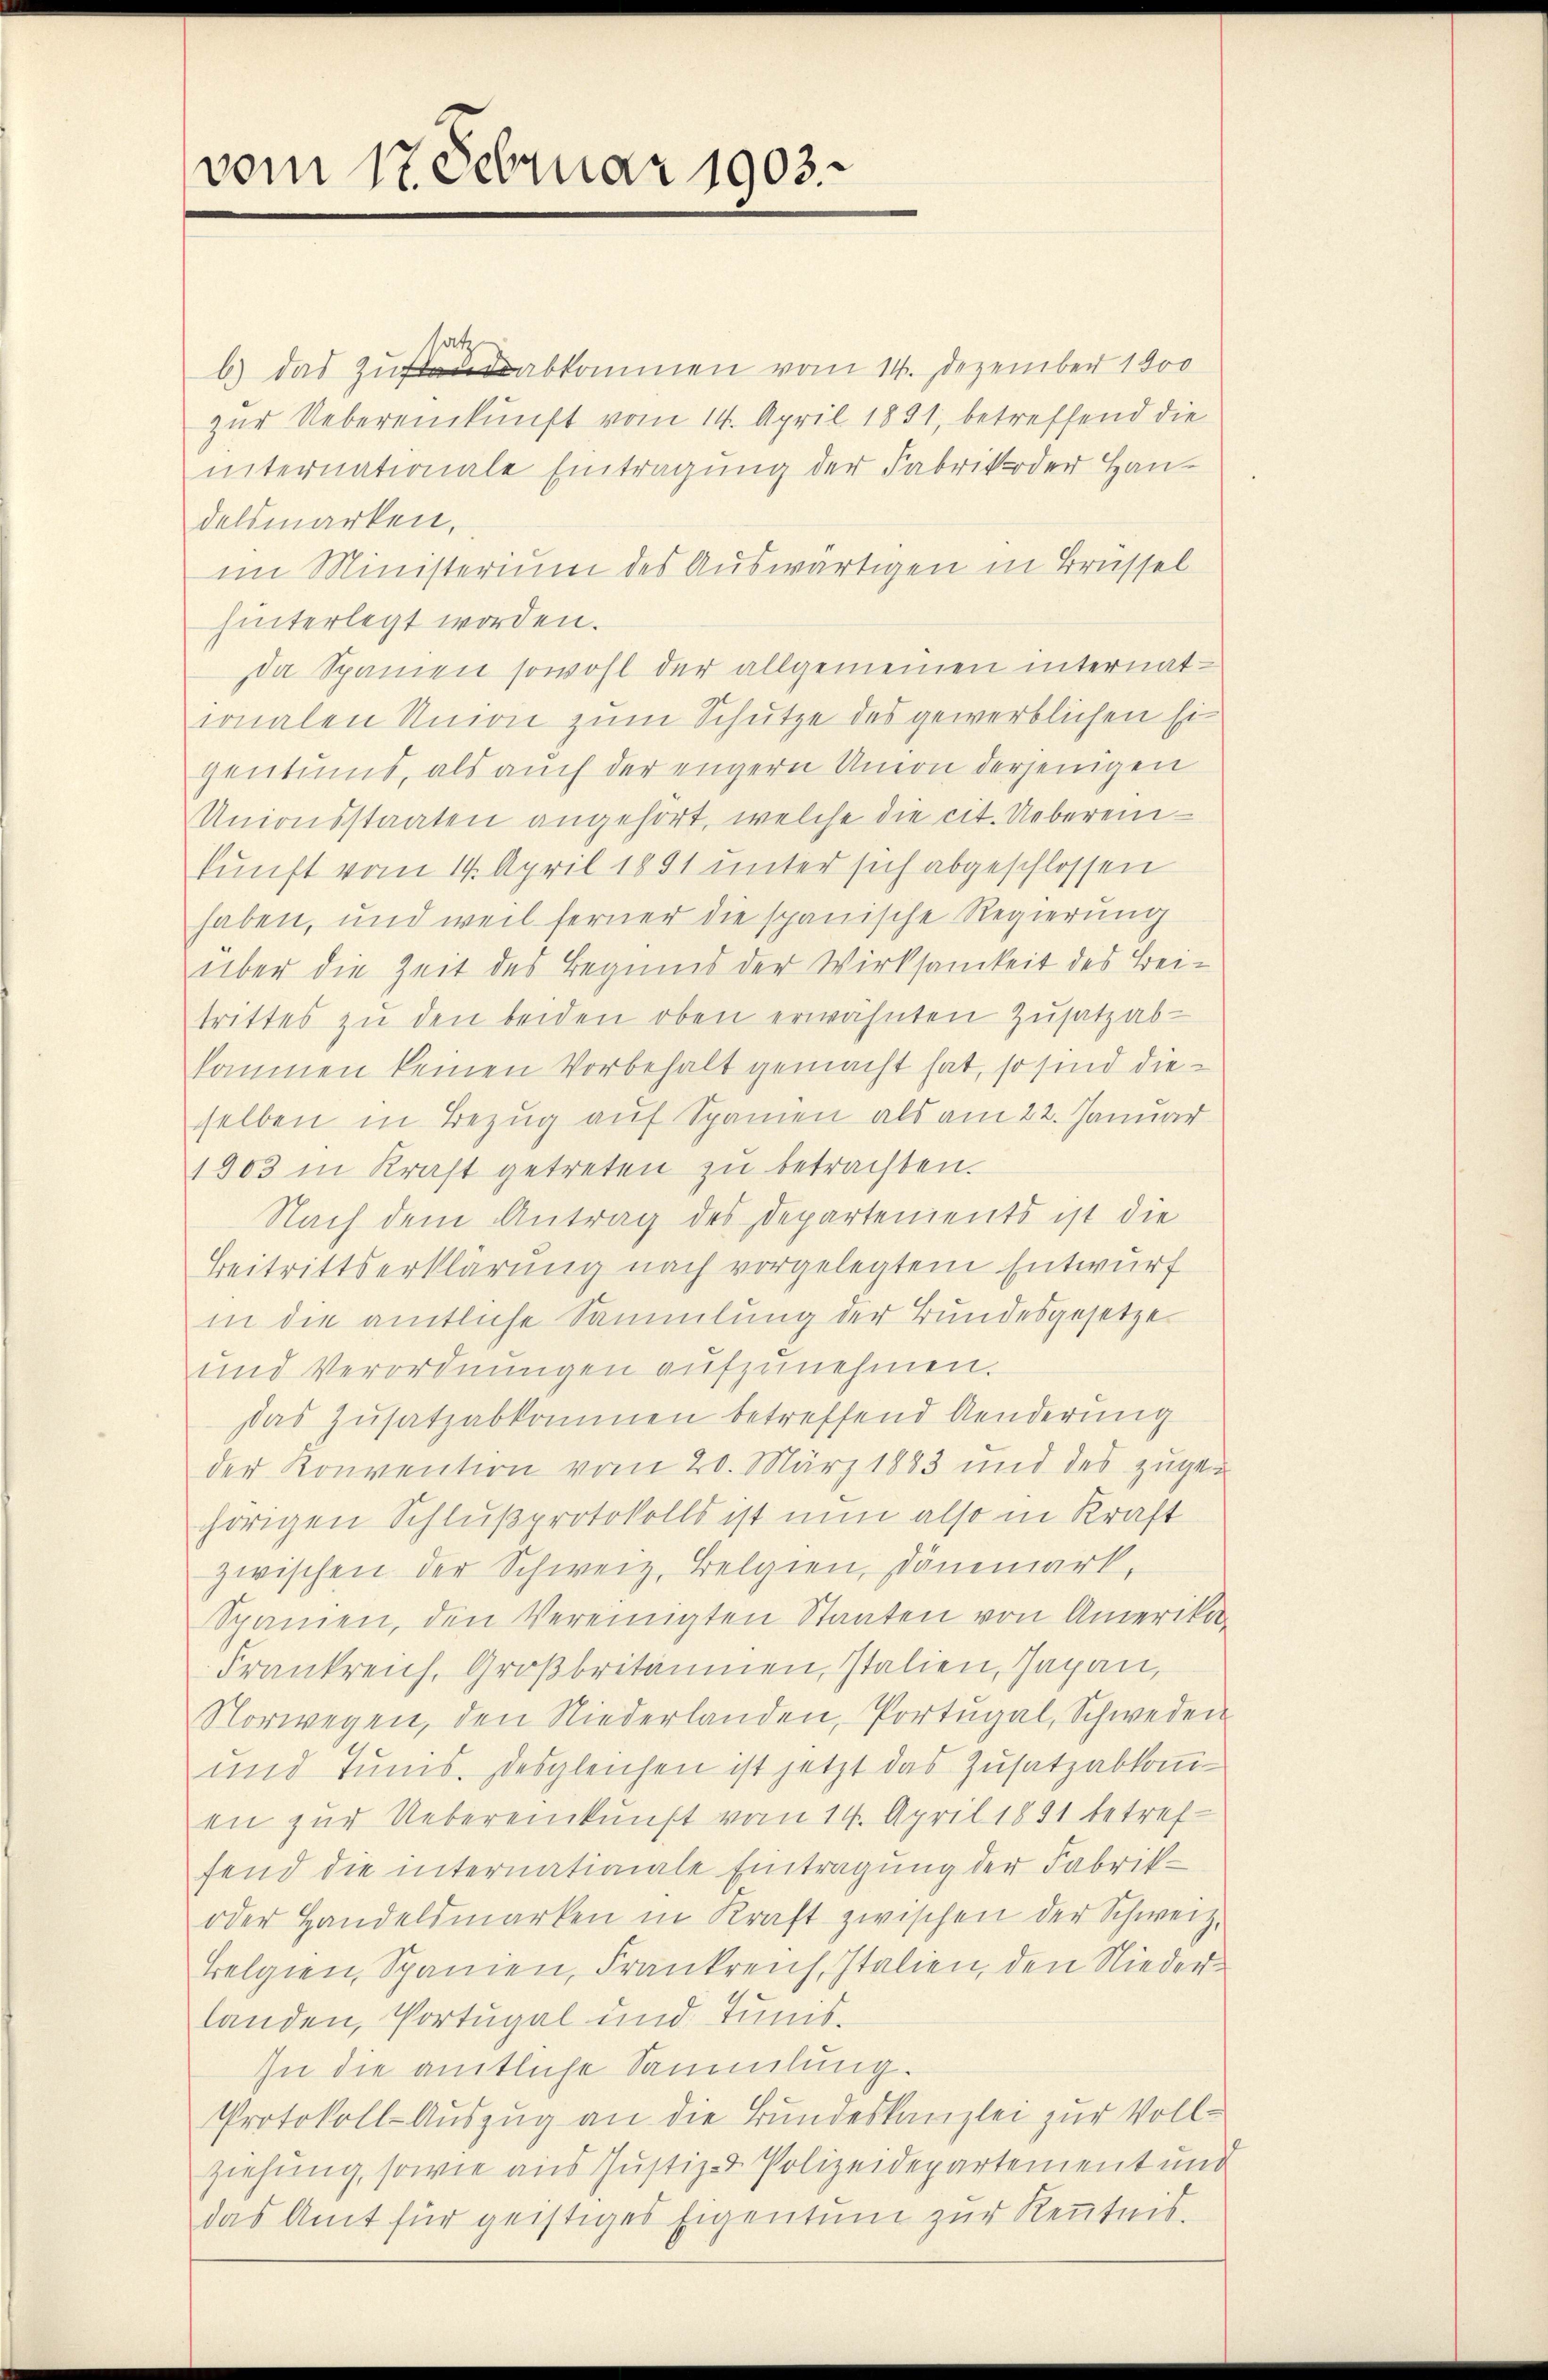
vom 17. Februar 1903.

b) das zukommen vom 14. Dezember 1900
zur Uebereinkunft vom 14. April 1851, betreffend die
internationale Eintragung der Fabrik oder Handelsmarken,
im Ministerium des Auswärtigen in Brüssel
hinterlegt worden.
da Spanien sowohl der allgemeinen internationalen Union zum Schutze des gewerblichen Ei
gentums, als auch der engern Union derjenigen
Unionsstaaten angehört, welche die cit. Uebereinkunft vom 14. April 1891 unter sich abgeschlossen
haben, und weil ferner die spanische Regierung
über die Zeit des Beginns der Wirksamkeit des Beitrittes zŭ den beiden oben erwähnten Zusatz ab-
kommen keinen Vorbehalt gemacht hat, so sind dieselben in Bezug auf Spanien als am 22. Januar
1803 in Kraft getreten zu betrachten.
Nach dem Antrag des Departements ist die
Beitrittserklärung nach vorgelegtem Entwurf
in die amtliche Sammlung der Bundesgesetze
und Verordnungen aufzunehmen.
das Zusatzabkommen betreffend Aenderung
der Konvention vom 20. März 1883 und des zugehörigen Schlußprotokolls ist nun also in Kraft
zwischen der Schweiz. Belgien, Dänmark,
Spanien, den Vereinigten Staaten von Amerika
Frankreich, Großbritanien, Italien, Japan,
Norwegen, den Niederlanden, Portugal, Schweden
und Tŭms. Desgleichen ist jetzt das Zusatzabkom-
en zur Uebereinkunft vom 14. April 1891 betreffend die internationale Eintragung der Fabrik¬
oder Handelsmarken in Kraft zwischen der Schweiz.
Belgien, Spanien, Frankreich, Italien, den Niederlanden, Portugal und Tunis¬
In die amtliche Sammlung.
Protokoll-Auszug an die Bundeskanzlei zur Vollziehung, sowie aus Justiz- & Polizeidepartement und
das Amt für geistiges Eigentum zur Kenntnis.